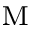
_ \mathrm { M }